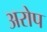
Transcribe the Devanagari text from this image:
अरोप